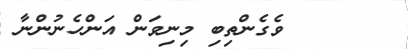
ވެގެންތިބި މިނިވަން އަންހެނުންނާ